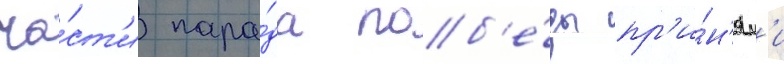
ча́ст'и пара́да поб'е́ды пр'и́н'ял'и